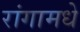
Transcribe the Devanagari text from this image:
रांगामधे